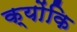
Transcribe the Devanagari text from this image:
क्‍योंकि